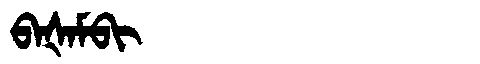
Manchu: ᠪᠠᡧᠠᠮᠪᡳ
Romanization: BAŠAMBI